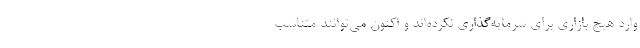
وارد هیچ بازاری برای سرمایه‌گذاری نکرده‌اند و اکنون می‌توانند متناسب